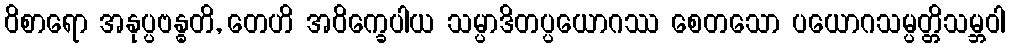
ဝိစာရော အနုပ္ပဗန္ဓတိ, တေဟိ အဝိက္ခေပါယ သမ္ပာဒိတပ္ပယောဂဿ စေတသော ပယောဂသမ္ပတ္တိသမ္ဘဝါ